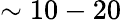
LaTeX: \sim 10-20\